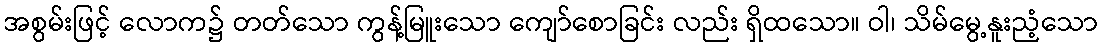
အစွမ်းဖြင့် လောက၌ တတ်သော ကွန့်မြူးသော ကျော်စောခြင်း လည်း ရှိထသော။ ဝါ၊ သိမ်မွေ့နူးညံ့သော